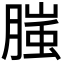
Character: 𭩂